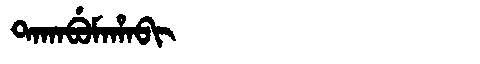
Manchu: ᡨᠠᡴᠠᠪᡠᠮᠠᡥᠠᠪᡳ
Romanization: TAKABUMAHABI